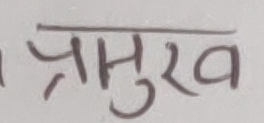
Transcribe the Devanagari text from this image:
प्रमुख